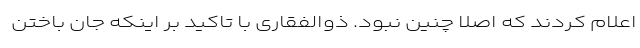
اعلام کردند که اصلاً چنین نبود. ذوالفقاری با تاکید بر اینکه جان باختن